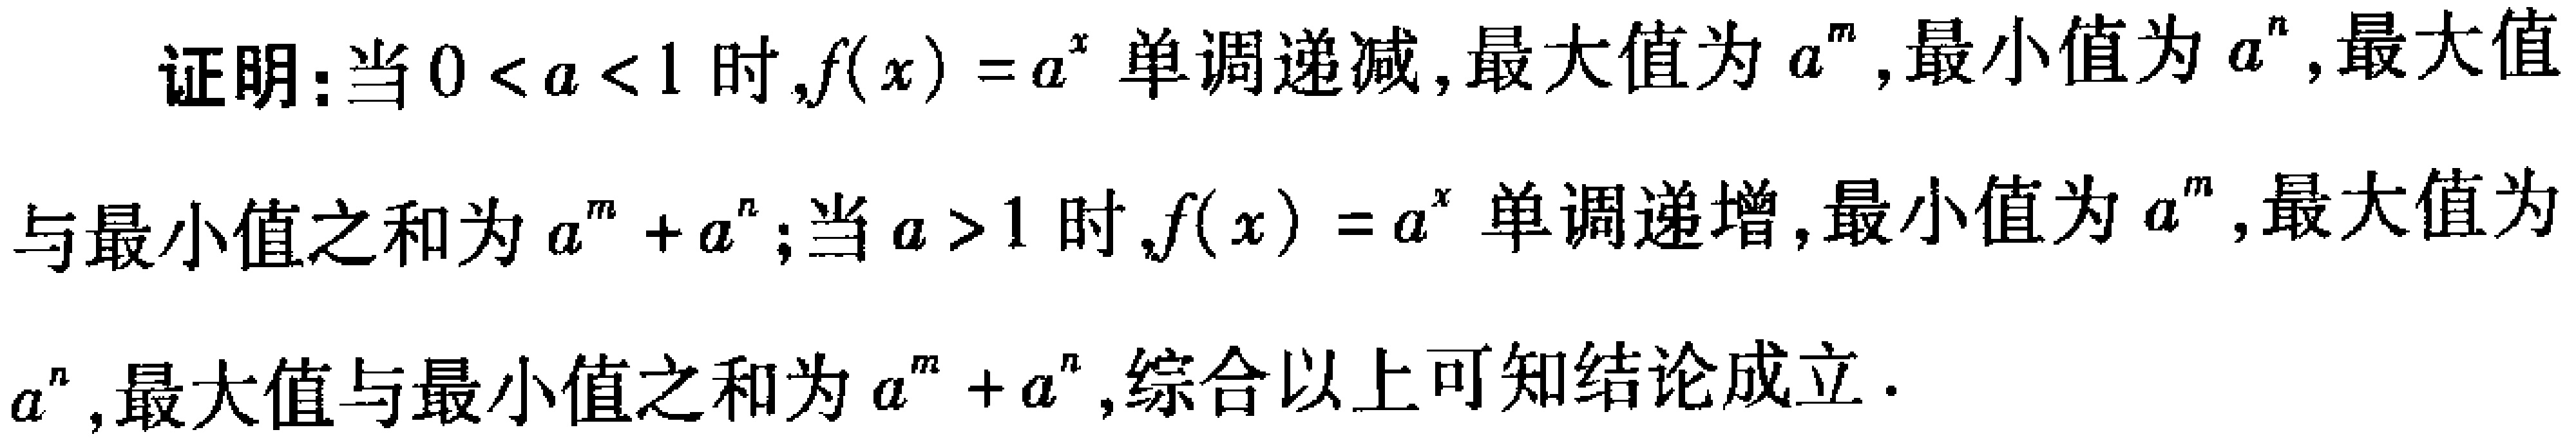
证明：当\(0 < a < 1\)时，\(f(x)=a^{x}\)单调递减，最大值为\(a^{m}\)，最小值为\(a^{n}\)，最大值与最小值之和为\(a^{m}+a^{n}\)；当\(a > 1\)时，\(f(x)=a^{x}\)单调递增，最小值为\(a^{m}\)，最大值为\(a^{n}\)，最大值与最小值之和为\(a^{m}+a^{n}\)，综合以上可知结论成立。